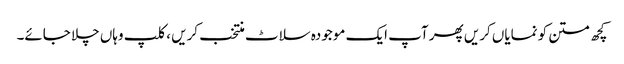
کچھ متن کو نمایاں کریں پھر آپ ایک موجودہ سلاٹ منتخب کریں ، کلپ وہاں چلا جائے۔